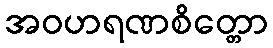
အဝဟရဏစိတ္တော